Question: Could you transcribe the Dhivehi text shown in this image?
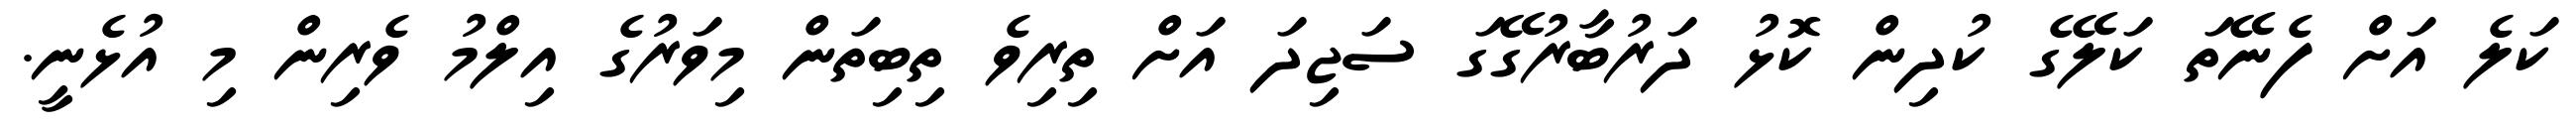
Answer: ކަލެ އަށް ފެނޭތަ ކަލޭގެ ކުދިން ކޮޅު ދަރުބާރުގޭގަ ސަޖިދަ އަށް ތިރިވެ ތިބިތަން މިވަރުގެ އިލްމު ވެރިން މި އުޅެނީ.